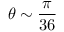
\theta \sim \frac { \pi } { 3 6 }